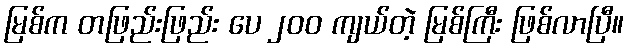
မြစ်က တဖြည်းဖြည်း ပေ ၂၀၀ ကျယ်တဲ့ မြစ်ကြီး ဖြစ်လာပြီ။